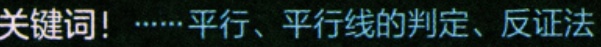
关键词！……平行、平行线的判定、反证法